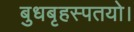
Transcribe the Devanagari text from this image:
बुधबृहस्पतयो।